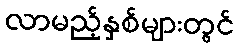
လာမည့်နှစ်များတွင်